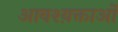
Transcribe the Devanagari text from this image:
आवश्य़क्ताओं